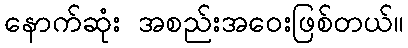
နောက်ဆုံး အစည်းအဝေးဖြစ်တယ်။